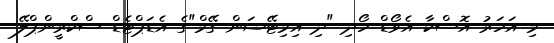
މި އަހަރު އޮސްކާ އެވޯޑް ހޯދި "ދި އިމިޓޭޝަން ގޭމް"ގެ އެޑަޕްޓެޑް ސްކްރީންޕްލޭ